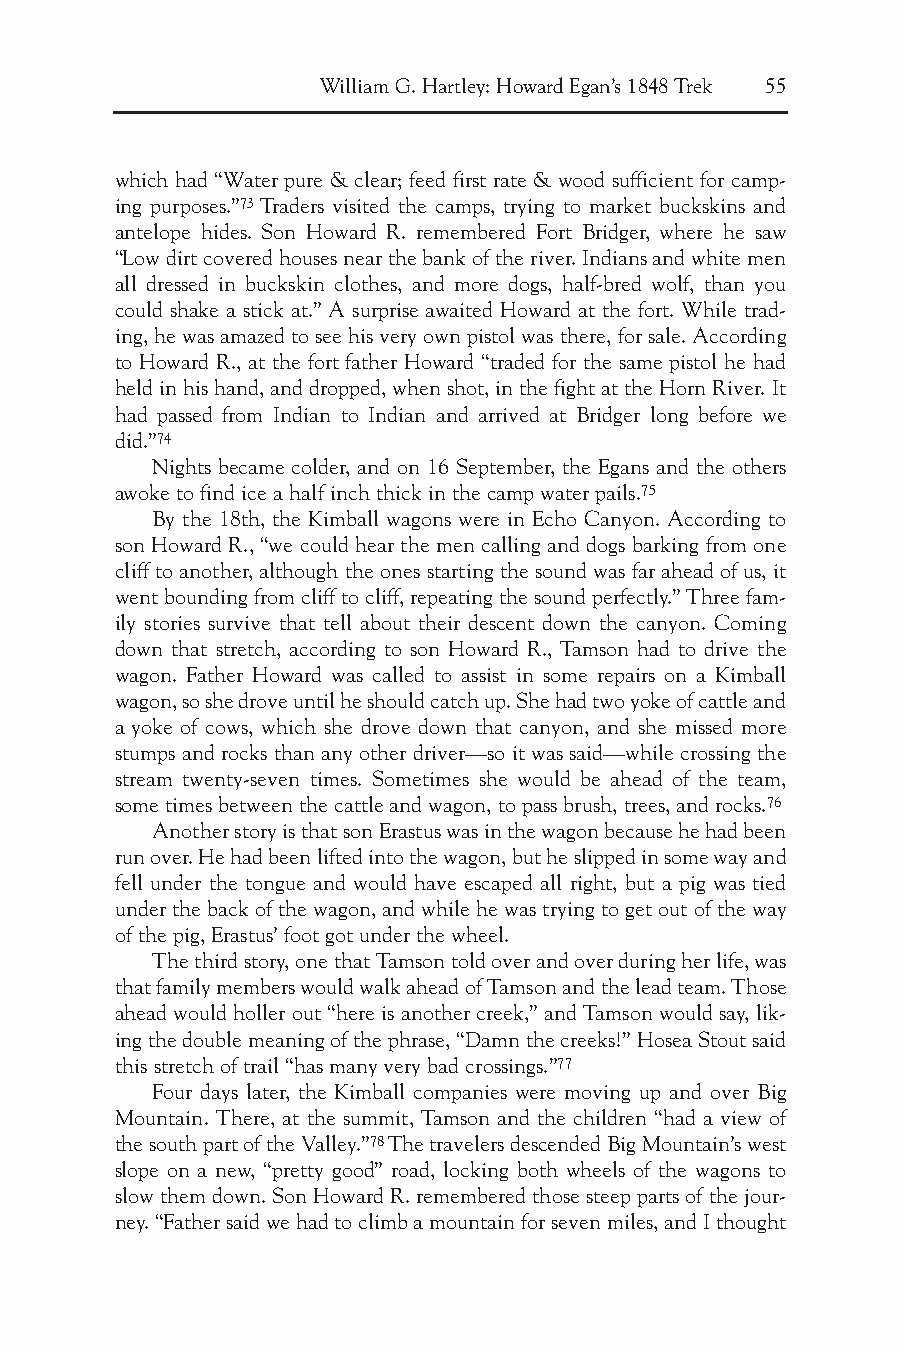
William G. Hartley: Howard Egan’s 1848 Trek 55
 which had “Water pure & clear; feed first rate & wood sufficient for camp-
 ing purposes.”73Traders visited the camps, trying to market buckskins and
 antelope hides. Son Howard R. remembered Fort Bridger, where he saw
 “Low dirt covered houses near the bank of the river. Indians and white men
 all dressed in buckskin clothes, and more dogs, half-bred wolf, than you
 could shake a stick at.” A surprise awaited Howard at the fort. While trad-
 ing, he was amazed to see his very own pistol was there, for sale. According
 to Howard R., at the fort father Howard “traded for the same pistol he had
 held in his hand, and dropped, when shot, in the fight at the Horn River. It
 had passed from Indian to Indian and arrived at Bridger long before we
 did.”74
 Nights became colder, and on 16 September, the Egans and the others
 awoke to find ice a half inch thick in the camp water pails.75
 By the 18th, the Kimball wagons were in Echo Canyon. According to
 son Howard R., “we could hear the men calling and dogs barking from one
 cliff to another, although the ones starting the sound was far ahead of us, it
 went bounding from cliff to cliff, repeating the sound perfectly.” Three fam-
 ily stories survive that tell about their descent down the canyon. Coming
 down that stretch, according to son Howard R., Tamson had to drive the
 wagon. Father Howard was called to assist in some repairs on a Kimball
 wagon, so she drove until he should catch up. She had two yoke of cattle and
 a yoke of cows, which she drove down that canyon, and she missed more
 stumps and rocks than any other driver—so it was said—while crossing the
 stream twenty-seven times. Sometimes she would be ahead of the team,
 some times between the cattle and wagon, to pass brush, trees, and rocks.76
 Another story is that son Erastus was in the wagon because he had been
 run over. He had been lifted into the wagon, but he slipped in some way and
 fell under the tongue and would have escaped all right, but a pig was tied
 under the back of the wagon, and while he was trying to get out of the way
 of the pig, Erastus’ foot got under the wheel.
 The third story, one that Tamson told over and over during her life, was
 that family members would walk ahead of Tamson and the lead team. Those
 ahead would holler out “here is another creek,” and Tamson would say, lik-
 ing the double meaning of the phrase, “Damn the creeks!” Hosea Stout said
 this stretch of trail “has many very bad crossings.”77
 Four days later, the Kimball companies were moving up and over Big
 Mountain. There, at the summit, Tamson and the children “had a view of
 the south part of the Valley.”78The travelers descended Big Mountain’s west
 slope on a new, “pretty good” road, locking both wheels of the wagons to
 slow them down. Son Howard R. remembered those steep parts of the jour-
 ney. “Father said we had to climb a mountain for seven miles, and I thought